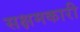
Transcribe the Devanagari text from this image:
सक्षमकारी